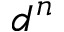
d ^ { n }